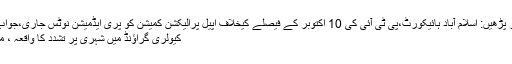
ضرور پڑھیں: اسلام آباد ہائیکورٹ،پی ٹی آئی کی 10 اکتوبر کے فیصلے کیخلاف اپیل پرالیکشن کمیشن کو پری ایڈمیشن نوٹس جاری،جواب طلب
کیولری گراﺅنڈ میں شہری پر تشدد کا واقعہ ، ملزم ...